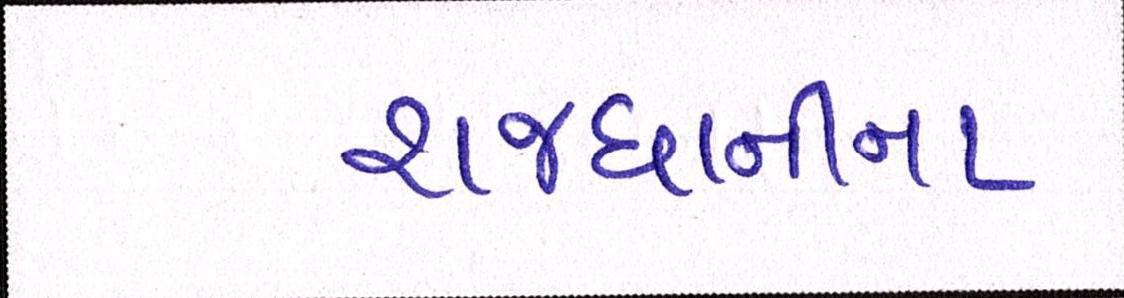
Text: રાજધાનીના